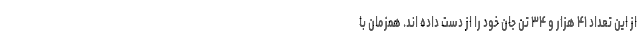
از این تعداد ۴۱ هزار و ۳۴ تن جان خود را از دست داده اند. همزمان با